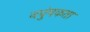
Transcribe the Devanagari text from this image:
नपुंषकता